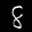
Label: 8